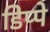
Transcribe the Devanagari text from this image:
डिप्‍पे